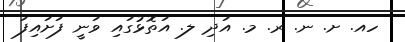
ހއ. ށ. ނ. ރ. މ. އަދި ލ. އަތޮޅުގައި ވަނީ ފަށައިފަ